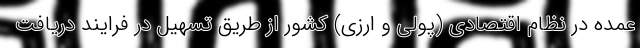
عمده در نظام اقتصادی (پولی و ارزی) کشور از طریق تسهیل در فرایند دریافت